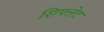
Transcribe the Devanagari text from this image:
शिफ्लेट